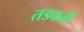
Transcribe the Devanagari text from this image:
तडकली